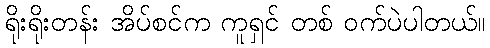
ရိုးရိုးတန်း အိပ်စင်က ကူရှင် တစ် ဝက်ပဲပါတယ်။